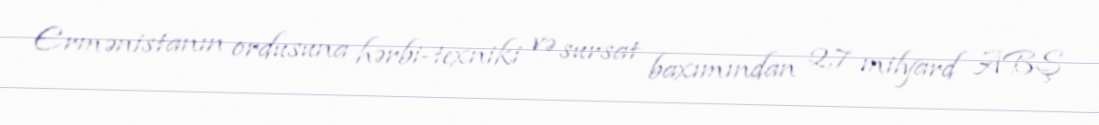
Ermənistanın ordusuna hərbi-texniki və sursat baxımından 2,7 milyard ABŞ